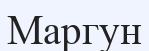
Маргун